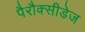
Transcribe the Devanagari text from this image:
पैरौक्सीडेज